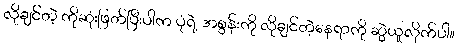
လိုချင်တဲ့ ကိုဆုံးဖြတ်ပြီးပါက ပုံရဲ့ အစွန်းကို လိုချင်တဲ့နေရာကို ဆွဲယူလိုက်ပါ။